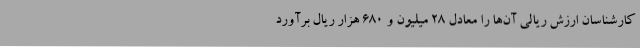
کارشناسان ارزش ریالی آن‌ها را معادل 28 میلیون و 680 هزار ریال برآورد